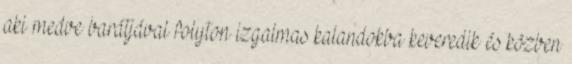
aki medve barátjával folyton izgalmas kalandokba keveredik és közben